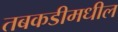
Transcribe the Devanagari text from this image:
तबकडीमधील